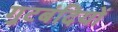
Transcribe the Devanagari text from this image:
गुटबंदियों